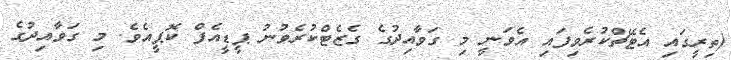
(ތިރީގައި އެޓޭޗްކުރެވިފައި އެވަނީ މި ގަވާއިދުގެ ގެޒެޓްކުރެވުނު ޕީޑީއެފް ކޮޕީއެވެ. މި ގަވާއިދުގެ